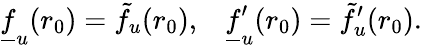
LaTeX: \underline{{{f}}}_{u}(r_{0})=\tilde{f}_{u}(r_{0}),\; \; \; \underline{{{f}}}_{u}^{\prime}(r_{0})=\tilde{f}_{u}^{\prime}(r_{0}).